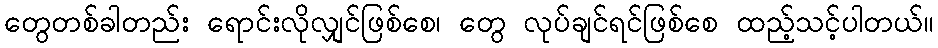
တွေတစ်ခါတည်း ရောင်းလိုလျှင်ဖြစ်စေ၊ တွေ လုပ်ချင်ရင်ဖြစ်စေ ထည့်သင့်ပါတယ်။